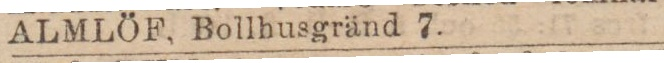
ALMLÖF, Bollhusgränd 7.